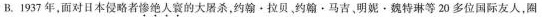
B. 1937年，面对日本侵略者惨绝人寰的大屠杀，约翰·拉贝，约翰·马吉，明妮·魏特琳等20多位国际友人，圈